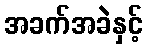
အခက်အခဲနှင့်